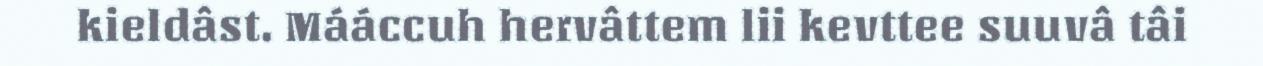
kieldâst. Mááccuh hervâttem lii kevttee suuvâ tâi